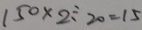
1 5 0 \times 2 \div 2 0 = 1 5